Report of the Imperial Institute of Veterinary Research, Muktesar
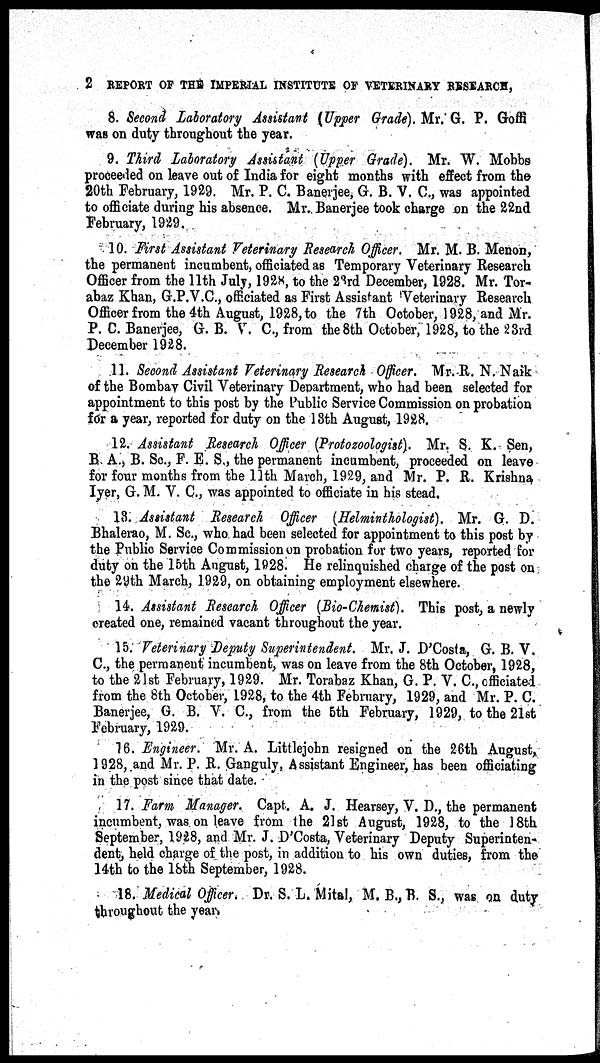
2 REPORT OF THE IMPERIAL INSTITUTE OF VETERINARY RESEARCH,
8. Second Laboratory Assistant (Upper Grade). Mr. G. P. Goffi
was on duty throughout the year.
9. Third Laboratory Assistant (Upper Grade). Mr. W. Mobbs
proceeded on leave out of India for eight months with effect from the
20th February, 1929. Mr. P. C. Banerjee, G. B. V. C., was appointed
to officiate during his absence. Mr. Banerjee took charge on the 22nd
February, 1929.
10. First Assistant Veterinary Research Officer. Mr. M. B. Menon,
the permanent incumbent, officiated as Temporary Veterinary Research
Officer from the 11th July, 1928, to the 23rd December, 1928. Mr. Tor-
abaz Khan, G.P.V.C., officiated as First Assistant Veterinary Research
Officer from the 4th August, 1928, to the 7th October, 1928, and Mr.
P. C. Banerjee, G. B. V. C., from the 8th October, 1928, to the 23rd
December 1928.
11. Second Assistant Veterinary Research Officer. Mr. R. N. Naik
of the Bombay Civil Veterinary Department, who had been selected for
appointment to this post by the Public Service Commission on probation
for a year, reported for duty on the 13th August, 1928.
12. Assistant Research Officer (Protozoologist). Mr. S. K. Sen,
B. A., B. Sc., F. E. S., the permanent incumbent, proceeded on leave
for four months from the 11th March, 1929, and Mr. P. R. Krishna
Iyer, G. M. V. C., was appointed to officiate in his stead.
13. Assistant Research Officer (Helminthologist). Mr. G. D.
Bhalerao, M. Sc., who had been selected for appointment to this post by
the Public Service Commission on probation for two years, reported for
duty on the 15th August, 1928. He relinquished charge of the post on
the 29th March, 1929, on obtaining employment elsewhere.
14. Assistant Research Officer (Bio-Chemist). This post, a newly
created one, remained vacant throughout the year.
15. Veterinary Deputy Superintendent. Mr. J. D'Costa, G. B. V.
C., the permanent incumbent, was on leave from the 8th October, 1928,
to the 21st February, 1929. Mr. Torabaz Khan, G. P. V. C., officiated
from the 8th October, 1928, to the 4th February, 1929, and Mr. P. C.
Banerjee, G. B. V. C., from the 5th February, 1929, to the 21st
February, 1929.
16. Engineer. Mr. A. Littlejohn resigned on the 26th August,
1928, and Mr. P. R. Ganguly, Assistant Engineer, has been officiating
in the post since that date.
17. Farm Manager. Capt. A. J. Hearsey, V. D., the permanent
incumbent, was on leave from the 21st August, 1928, to the 18th
September, 1928, and Mr. J. D'Costa, Veterinary Deputy Superinten-
dent, held charge of the post, in addition to his own duties, from the
14th to the 18th September, 1928.
18. Medical Officer. Dr. S. L. Mital, M. B.,B. S., was on duty
throughout the year.